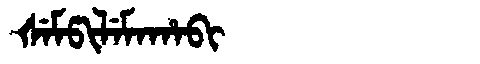
Manchu: ᡧᡝᠮᡦᡳᠯᡝᠮᠠᡥᠠᠪᡳ
Romanization: ŠEMPILEMAHABI